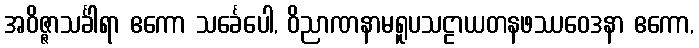
အဝိဇ္ဇာသင်္ခါရာ ဧကော သင်္ခေပေါ, ဝိညာဏနာမရူပသဠာယတနဖဿဝေဒနာ ဧကော,